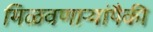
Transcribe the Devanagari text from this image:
मिळवणाऱ्यांपैकी